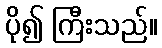
ပို၍ ကြီးသည်။